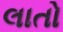
લાતો